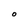
Character: O